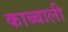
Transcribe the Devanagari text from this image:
काब्बाली